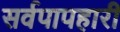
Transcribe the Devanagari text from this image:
सर्वपापहारी